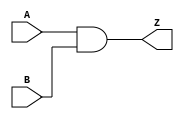
module and2(output Z, input A, B);
	nand(nz, A, B);
	not(Z, nz);
endmodule